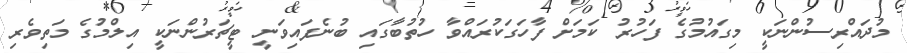
މުދައްރިސުންނަކީ މިގައުމުގެ ފަހުރު ކަމަށް ފާހަގަކުރައްވާ ހުތުބާގައި ބުނެފައިވަނީ ޓީޗަރުންނަކީ އިލްމުގެ މަތިވެރި